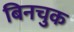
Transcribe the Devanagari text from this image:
बिनचुक